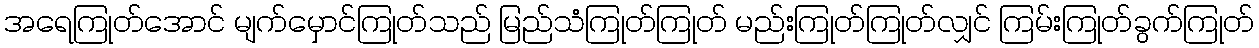
အရေကြုတ်အောင် မျက်မှောင်ကြုတ်သည် မြည်သံကြုတ်ကြုတ် မည်းကြုတ်ကြုတ်လျှင် ကြမ်းကြုတ်ခွက်ကြုတ်